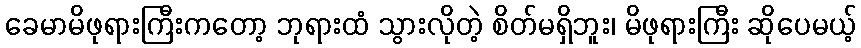
ခေမာမိဖုရားကြီးကတော့ ဘုရားထံ သွားလိုတဲ့ စိတ်မရှိဘူး၊ မိဖုရားကြီး ဆိုပေမယ့်